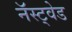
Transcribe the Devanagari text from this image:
नॅस्ट्वेड